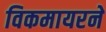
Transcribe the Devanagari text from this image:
विकमायरने